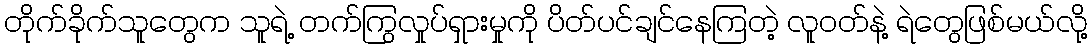
တိုက်ခိုက်သူတွေက သူရဲ့ တက်ကြွလှုပ်ရှားမှုကို ပိတ်ပင်ချင်နေကြတဲ့ လူဝတ်နဲ့ ရဲတွေဖြစ်မယ်လို့